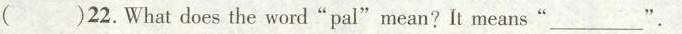
( )22.What does the word"pal"mean?It means"___" .